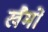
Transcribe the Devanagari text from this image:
खैमों